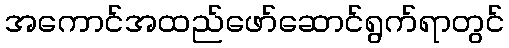
အကောင်အထည်ဖော်ဆောင်ရွက်ရာတွင်